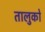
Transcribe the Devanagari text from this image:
तालुको